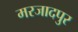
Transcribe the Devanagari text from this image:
मरजादपुर